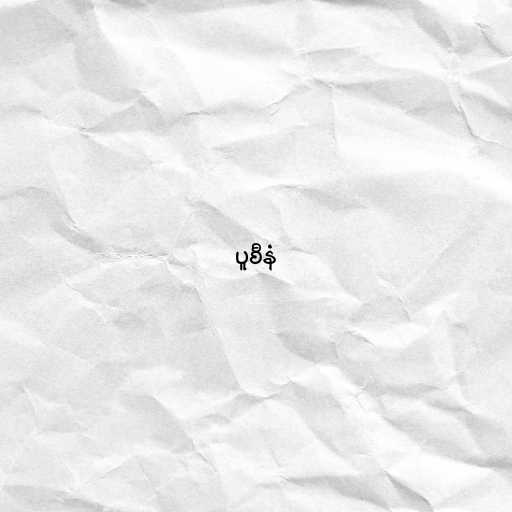
ပူစီနံ